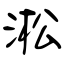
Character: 淞